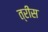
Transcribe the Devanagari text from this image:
त्रीस